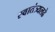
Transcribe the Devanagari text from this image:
स्वातंत्र्यलढे